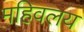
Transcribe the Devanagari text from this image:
महिवलय